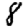
Digit: 8